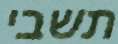
תשבי